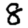
Digit: 8